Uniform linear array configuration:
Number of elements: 12
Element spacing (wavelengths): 1
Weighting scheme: uniform
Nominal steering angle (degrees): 60
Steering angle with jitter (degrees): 61.291
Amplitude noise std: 0.05
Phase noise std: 0.05

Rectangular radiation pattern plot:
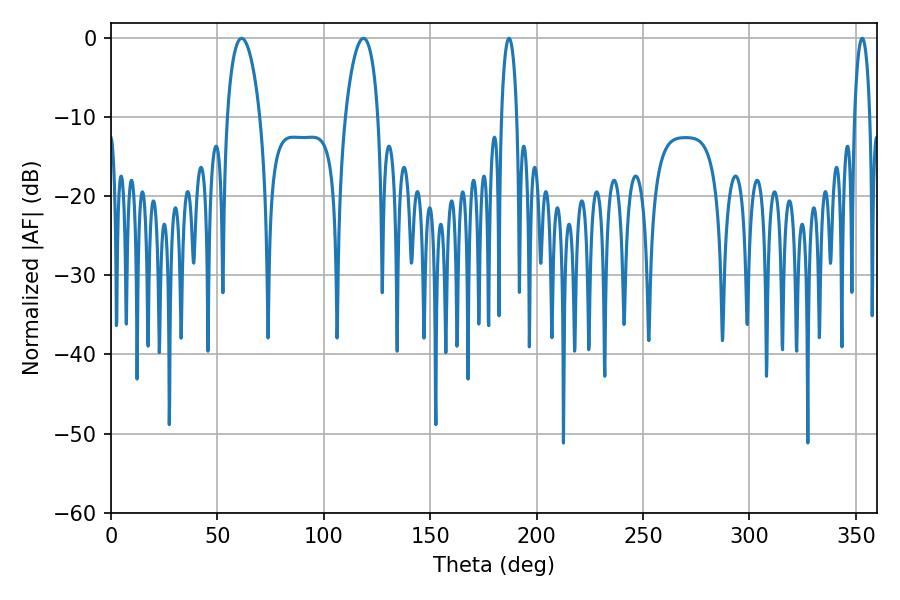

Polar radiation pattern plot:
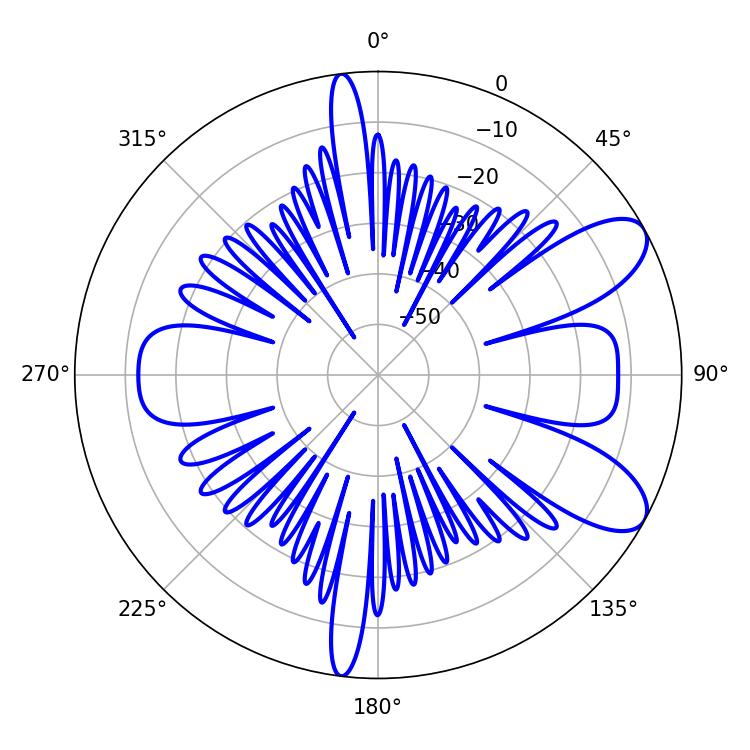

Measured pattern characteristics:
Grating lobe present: TRUE
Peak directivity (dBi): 8.796
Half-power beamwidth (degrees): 3.96
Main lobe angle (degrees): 352.98